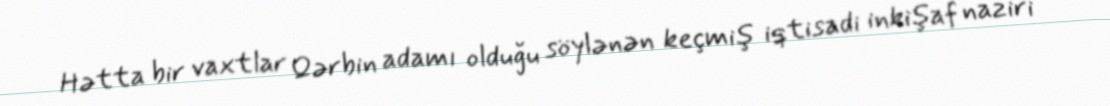
Hətta bir vaxtlar Qərbin adamı olduğu söylənən keçmiş iqtisadi inkişaf naziri